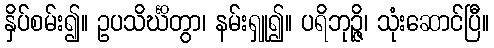
နှိပ်စမ်း၍။ ဥပသိင်္ဃိတွာ၊ နမ်းရှူ၍။ ပရိဘုဉ္ဇိ၊ သုံးဆောင်ပြီ။